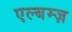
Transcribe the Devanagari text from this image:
एल्बम्ज़